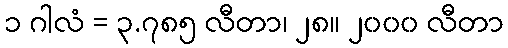
၁ ဂါလံ = ၃.၇၈၅ လီတာ၊ ၂၈။ ၂၀၀၀ လီတာ